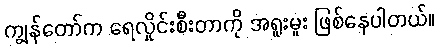
ကျွန်တော်က ရေလှိုင်းစီးတာကို အရူးမူး ဖြစ်နေပါတယ်။